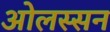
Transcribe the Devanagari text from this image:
ओलस्सन